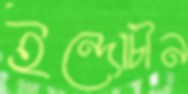
ইন্দোচীন